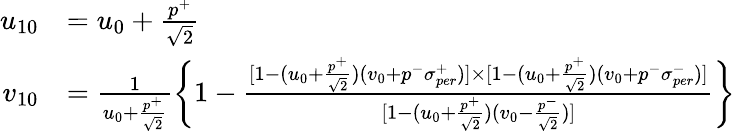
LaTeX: \begin{array}{rl}{{u_{10}}}&{{=u_{0}+\frac{p^{+}}{\sqrt{2}}}}\\ {{v_{10}}}&{{=\frac{1}{u_{0}+\frac{p^{+}}{\sqrt{2}}}\left\{ 1-\frac{[1-(u_{0}+\frac{p^{+}}{\sqrt{2}})(v_{0}+p^{-}\sigma_{per}^{+})]\times[1-(u_{0}+\frac{p^{+}}{\sqrt{2}})(v_{0}+p^{-}\sigma_{per}^{-})]}{[1-(u_{0}+\frac{p^{+}}{\sqrt{2}})(v_{0}-\frac{p^{-}}{\sqrt{2}})]}\right\} }}\end{array}